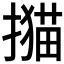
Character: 𢵝